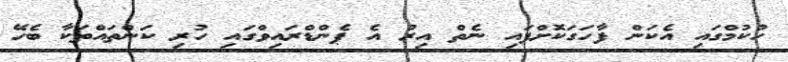
ހުކުމްގައި އެކަން ފާހަގަކޮށްފައި ނެތް އިރު އެ ޕެންޑްރައިވްގައި ހުރި ކަންތައްތަކާ ބެހޭ